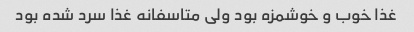
غذا خوب و خوشمزه بود ولی متاسفانه غذا سرد شده بود